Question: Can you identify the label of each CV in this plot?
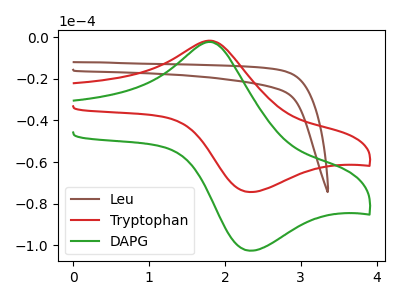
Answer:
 <answer>The brown curve is labeled "Leu". The red curve is labeled "Tryptophan". The green curve is labeled "DAPG".</answer>
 <eval></eval>